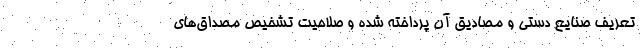
تعریف صنایع دستی و مصادیق آن پرداخته شده و صلاحیت تشخیص مصداق‌های